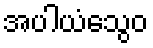
အပါယံသွေဝ